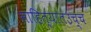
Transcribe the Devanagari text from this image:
साहित्यातउच्च